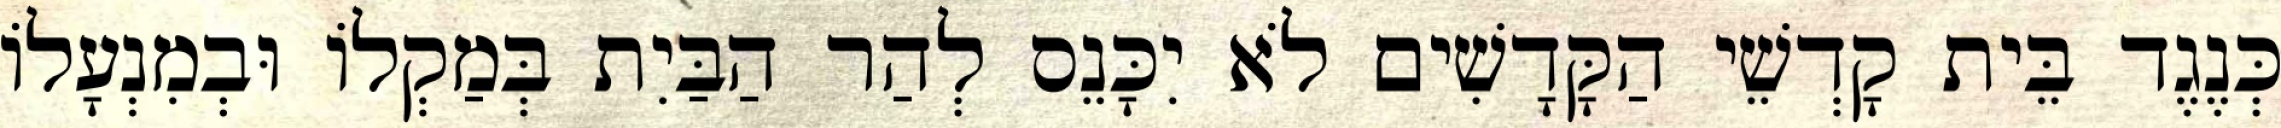
כְּנֶגֶד בֵּית קָדְשֵׁי הַקָּדָשִׁים לֹא יִכָּנֵס לְהַר הַבַּיִת בְּמַקְלוֹ וּבְמִנְעָלוֹ